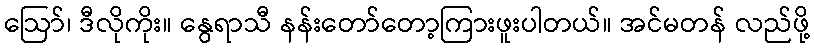
ဩော်၊ ဒီလိုကိုး။ နွေရာသီ နန်းတော်တော့ကြားဖူးပါတယ်။ အင်မတန် လည်ဖို့